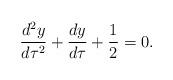
LaTeX: \begin{align*}\frac{d^2y}{d\tau^2}+\frac{dy}{d\tau}+\frac{1}{2}=0.\end{align*}